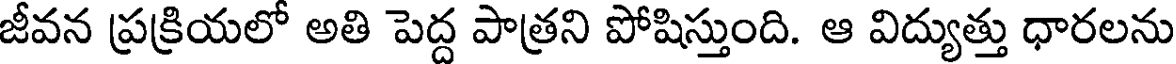
జీవన ప్రక్రియలో అతి పెద్ద పాత్రని పోషిస్తుంది. ఆ విద్యుత్తు ధారలను